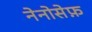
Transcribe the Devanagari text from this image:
नेनोसेफ़